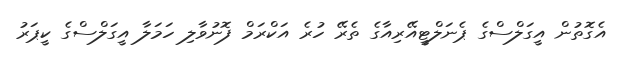
އެގޮތުން އީގަލްސްގެ ޕެނަލްޓީއޭރިއާގެ ތެރޭ ހުރެ އަކްރަމް ފޮނުވާލި ހަމަލާ އީގަލްސްގެ ކީޕަރު